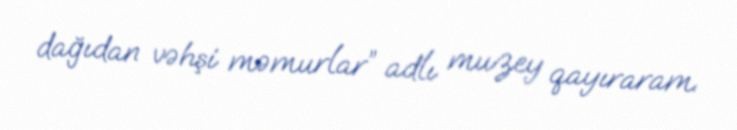
dağıdan vəhşi məmurlar” adlı muzey qayıraram.